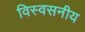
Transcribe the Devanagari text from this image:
विस्वसनीय